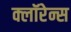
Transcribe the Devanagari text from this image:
क्लॉरेन्स